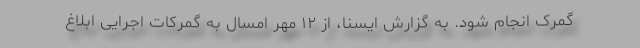
گمرک انجام شود. به گزارش ایسنا، از ۱۲ مهر امسال به گمرکات اجرایی ابلاغ